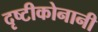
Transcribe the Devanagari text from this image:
दृष्टीकोनानी